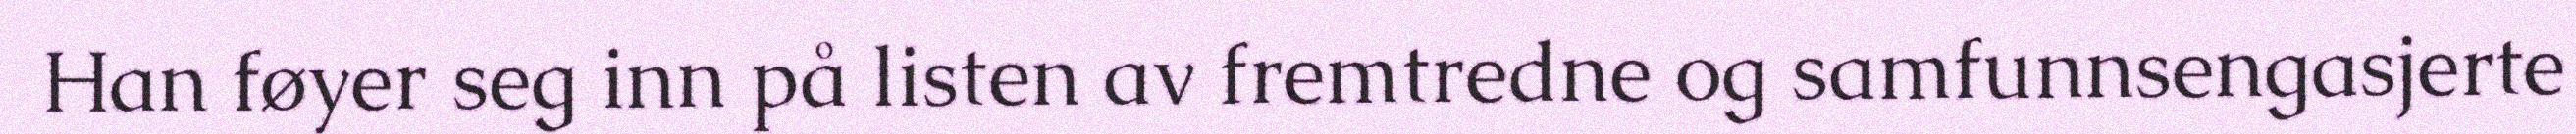
Han føyer seg inn på listen av fremtredne og samfunnsengasjerte